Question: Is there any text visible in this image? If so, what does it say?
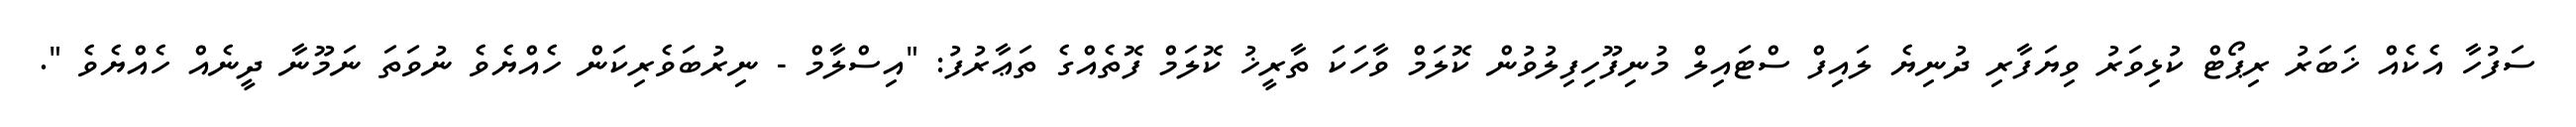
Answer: ސަފުހާ އެކެއް ޚަބަރު ރިޕޯޓް ކުޅިވަރު ވިޔަފާރި ދުނިޔެ ލައިފް ސްޓައިލް މުނިފޫހިފިލުވުން ކޮލަމް ވާހަކަ ތާރީޚު ކޮލަމް ފޮތެއްގެ ތަޢާރުފު: "އިސްލާމް - ނިރުބަވެރިކަން ހެއްޔެވެ ނުވަތަ ނަމޫނާ ދީނެއް ހެއްޔެވެ ".